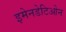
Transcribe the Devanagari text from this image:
इमेनडेटिओन